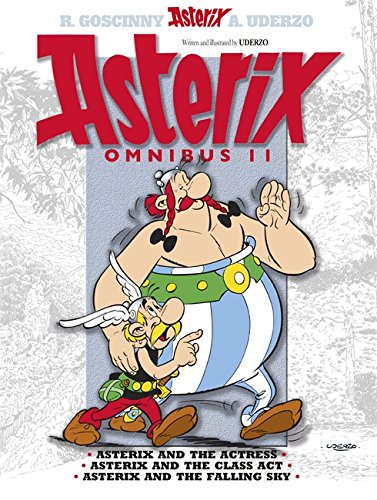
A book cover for Asterix Omnibus 11: Includes Asterix and the Actress #31, Asterix and the Class Act #32, Asterix and the Falling Sky #33; Rene Goscinny; Comics & Graphic Novels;